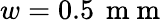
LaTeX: w=0.5\, \mathrm{~m~m~}